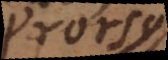
prorsus